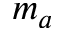
m _ { a }